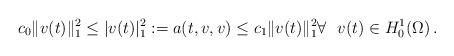
LaTeX: \begin{align*}c_0\| v(t)\|_1^2 \leq |v(t)|_1^2:=a(t,v,v) \leq c_1 \|v(t)\|_1^2\forall ~~v(t) \in H_0^1(\Omega)\,.\end{align*}